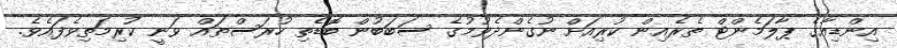
އިންޑިއާގެ ޕާލަމެންޓް ތެރެއިން ކުރިއަށް ނުގެންދެވުމުގެ ސަބަބުން ބޮޑެތި ހުރަސްތައް ވަނީ ކުރިމަތިވެފައެވެ.